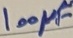
Text: 100µF